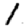
Digit: 1